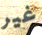
غير